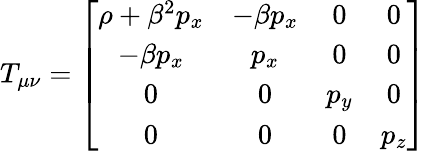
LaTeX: T_{\mu\nu}=\left[\begin{array}{cccc}{\rho+\beta^{2}p_{x}}&{-\beta p_{x}}&{0}&{0}\\ {-\beta p_{x}}&{p_{x}}&{0}&{0}\\ {0}&{0}&{p_{y}}&{0}\\ {0}&{0}&{0}&{p_{z}}\end{array}\right]